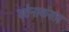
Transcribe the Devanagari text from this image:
वर्तनाकरता